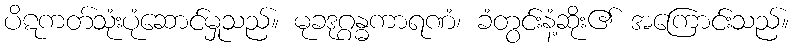
ပိဋကတ်သုံးပုံဆောင်မှုသည်။ မုခဒုဂ္ဂန္ဓကာရဏံ၊ ခံတွင်းနံ့ဆိုး၏ အကြောင်းသည်။